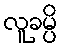
လူခမ္ပိ